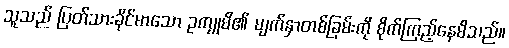
သူသည် ပြတ်သားခိုင်မာသော ဥကျုမိ၏ မျက်နှာတစ်ခြမ်းကို စိုက်ကြည့်နေမိသည်။